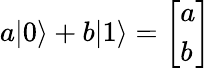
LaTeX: a|0\rangle+b|1\rangle={\left[\begin{array}{l}{a}\\ {b}\end{array}\right]}